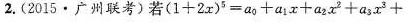
2.(2015·广州联考)若$$\left(1+2x\right)^5=a_0+a_1x+a_2x^2+a_3x^3+$$